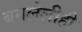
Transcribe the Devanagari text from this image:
बनलेलीही